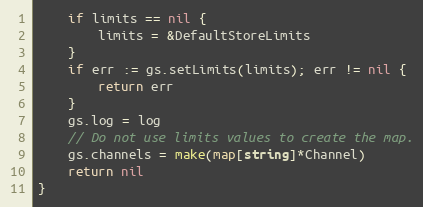
Language: Go
	if limits == nil {
		limits = &DefaultStoreLimits
	}
	if err := gs.setLimits(limits); err != nil {
		return err
	}
	gs.log = log
	// Do not use limits values to create the map.
	gs.channels = make(map[string]*Channel)
	return nil
}